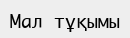
Мал тұқымы